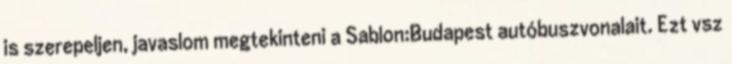
is szerepeljen, javaslom megtekinteni a Sablon:Budapest autóbuszvonalait. Ezt vsz